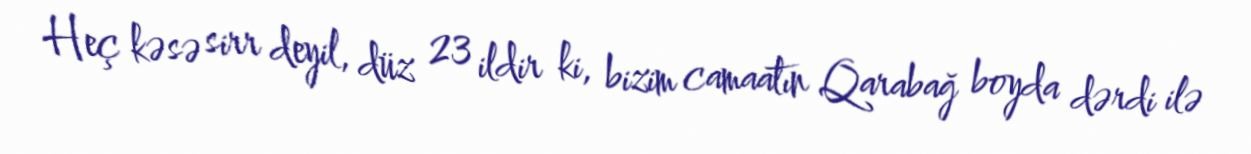
Heç kəsə sirr deyil, düz 23 ildir ki, bizim camaatın Qarabağ boyda dərdi ilə